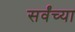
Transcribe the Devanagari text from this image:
सर्वंच्या